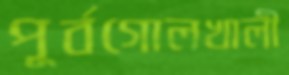
পূর্বগোলখালী